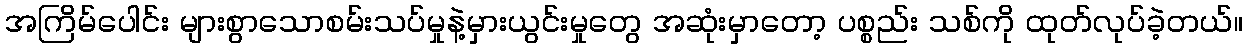
အကြိမ်ပေါင်း များစွာသောစမ်းသပ်မှုနဲ့မှားယွင်းမှုတွေ အဆုံးမှာတော့ ပစ္စည်း သစ်ကို ထုတ်လုပ်ခဲ့တယ်။